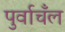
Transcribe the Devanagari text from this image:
पुर्वाचँल